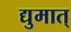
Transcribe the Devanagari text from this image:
द्युमात्